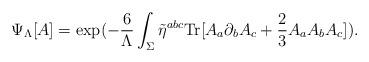
LaTeX: \begin{align*}\Psi_{\Lambda}[A] = \mbox{exp} (-\frac{6}{\Lambda}\int_\Sigma\tilde{\eta}^{abc} \mbox{Tr}[A_a\partial_b A_c + \frac{2}{3} A_a A_b A_c]).\end{align*}